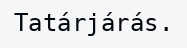
Tatárjárás.